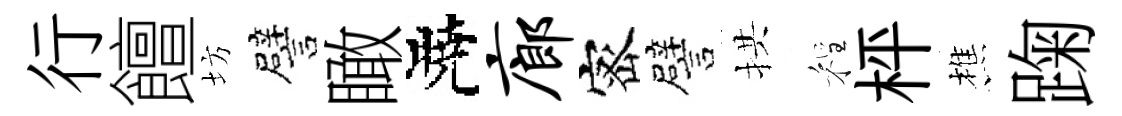
行饘坊譬瞰曉廊宻譬拱程枰樵踘